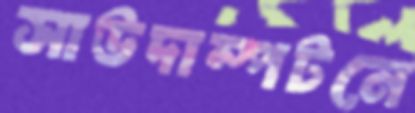
সাউদাম্পটনে